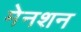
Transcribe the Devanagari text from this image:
मेनशन